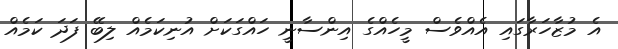
އެ މުޒާހަރާގައި އެއްވެސް މީހެއްގެ އިންސާނީ ހައްގަކަށް އުނިކަމެއް ލިބޭ ފަދަ ކަމެއް